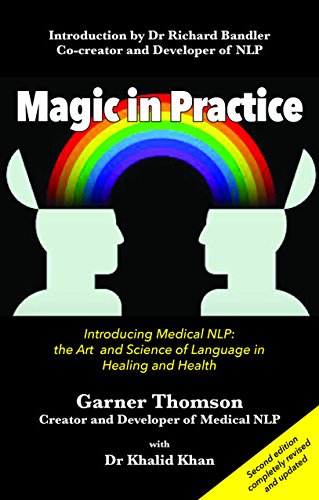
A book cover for Magic in Practice: Introducing Medical NLP: The Art and Science of Language in Healing and Health; Garner Thomson; Self-Help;